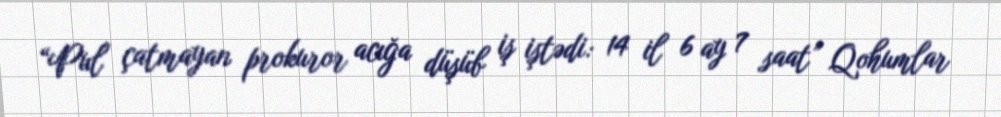
“Pul çatmayan prokuror acığa düşüb iş iştədi: 14 il 6 ay 7 saat” Qohumlar